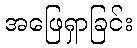
အဖြေရှာခြင်း